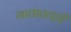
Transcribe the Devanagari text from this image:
गावाततही